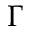
\Gamma